Scottish Leaving Certificate Examination, 1959
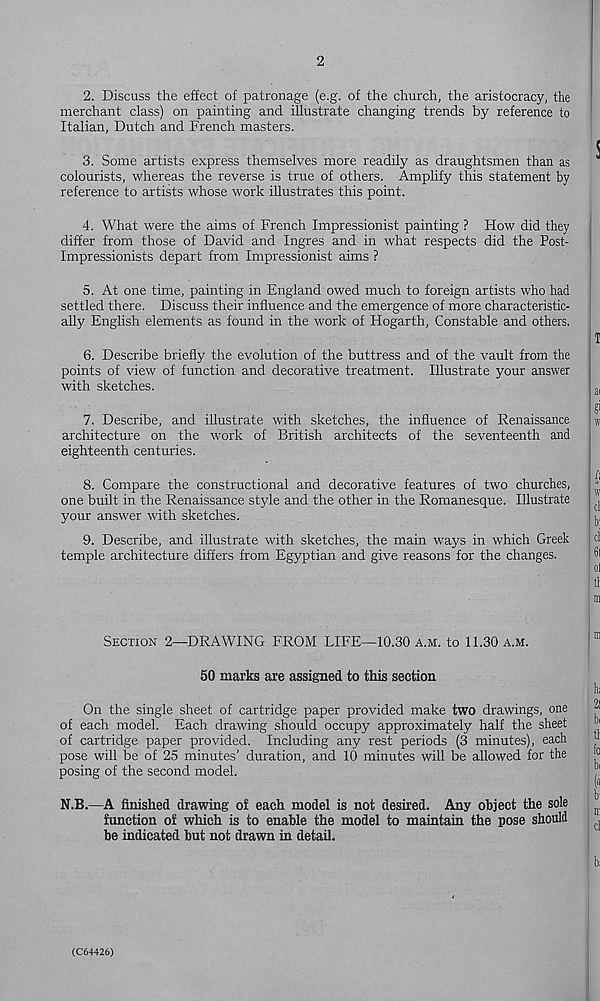
2
2. Discuss the effect of patronage (e.g. of the church, the aristocracy, the
merchant class) on painting and illustrate changing trends by reference to
Italian, Dutch and French masters.
3. Some artists express themselves more readily as draughtsmen than as
colourists, whereas the reverse is true of others. Amplify this statement by
reference to artists whose work illustrates this point.
4. What were the aims of French Impressionist painting ? How did they
differ from those of David and Ingres and in what respects did the Post-
Impressionists depart from Impressionist aims ?
5. At one time, painting in England owed much to foreign artists who had
settled there. Discuss their influence and the emergence of more characteristic-
ally English elements as found in the work of Hogarth, Constable and others.
6. Describe briefly the evolution of the buttress and of the vault from the
points of view of function and decorative treatment. Illustrate your answer
with sketches.
7. Describe, and illustrate with sketches, the influence of Renaissance
architecture on the work of British architects of the seventeenth and
eighteenth centuries.
8. Compare the constructional and decorative features of two churches,
one built in the Renaissance style and the other in the Romanesque. Illustrate
your answer with sketches.
9. Describe, and illustrate with sketches, the main ways in which Greek
temple architecture differs from Egyptian and give reasons for the changes.
Section 2—DRAWING FROM LIFE—10.30 a.m. to 11.30 a.m.
50 marks are assigned to this section
On the single sheet of cartridge paper provided make two drawings, one
of each model. Each drawing should occupy approximately half the sheet
of cartridge paper provided. Including any rest periods (3 minutes), each
pose will be of 25 minutes’ duration, and 10 minutes will be allowed for the
posing of the second model.
N.B.—A finished drawing of each model is not desired. Any object the sole
function of which is to enable the model to maintain the pose should
be indicated but not drawn in detail.
(C64426)